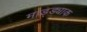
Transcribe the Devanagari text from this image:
माड्ड्याक